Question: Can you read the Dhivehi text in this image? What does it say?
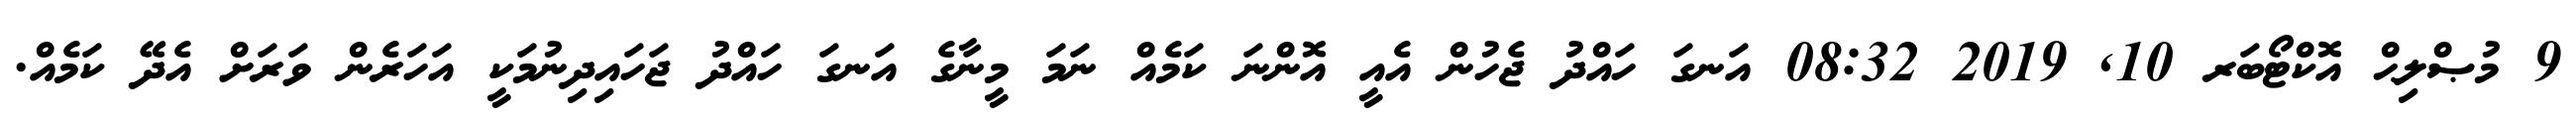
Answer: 9 މުޞްލިޙް އޮކްޓޯބަރ 10, 2019 08:32 އަނގަ ހައްދު ޖެހުން އެއީ އޮންނަ ކަމެއް ނަމަ މީނާގެ އަނގަ ހައްދު ޖަހައިދިނުމަކީ އަހަރެން ވަރަށް އެދޭ ކަމެއް.